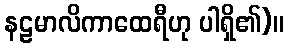
နဠမာလိကာထေရီဟု ပါရှိ၏)။